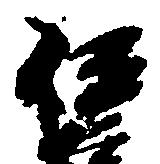
伊